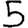
Digit: 5